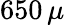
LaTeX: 650\, \mu